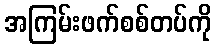
အကြမ်းဖက်စစ်တပ်ကို